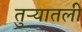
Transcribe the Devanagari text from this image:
तुऱ्यातली